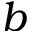
\boldsymbol { b }